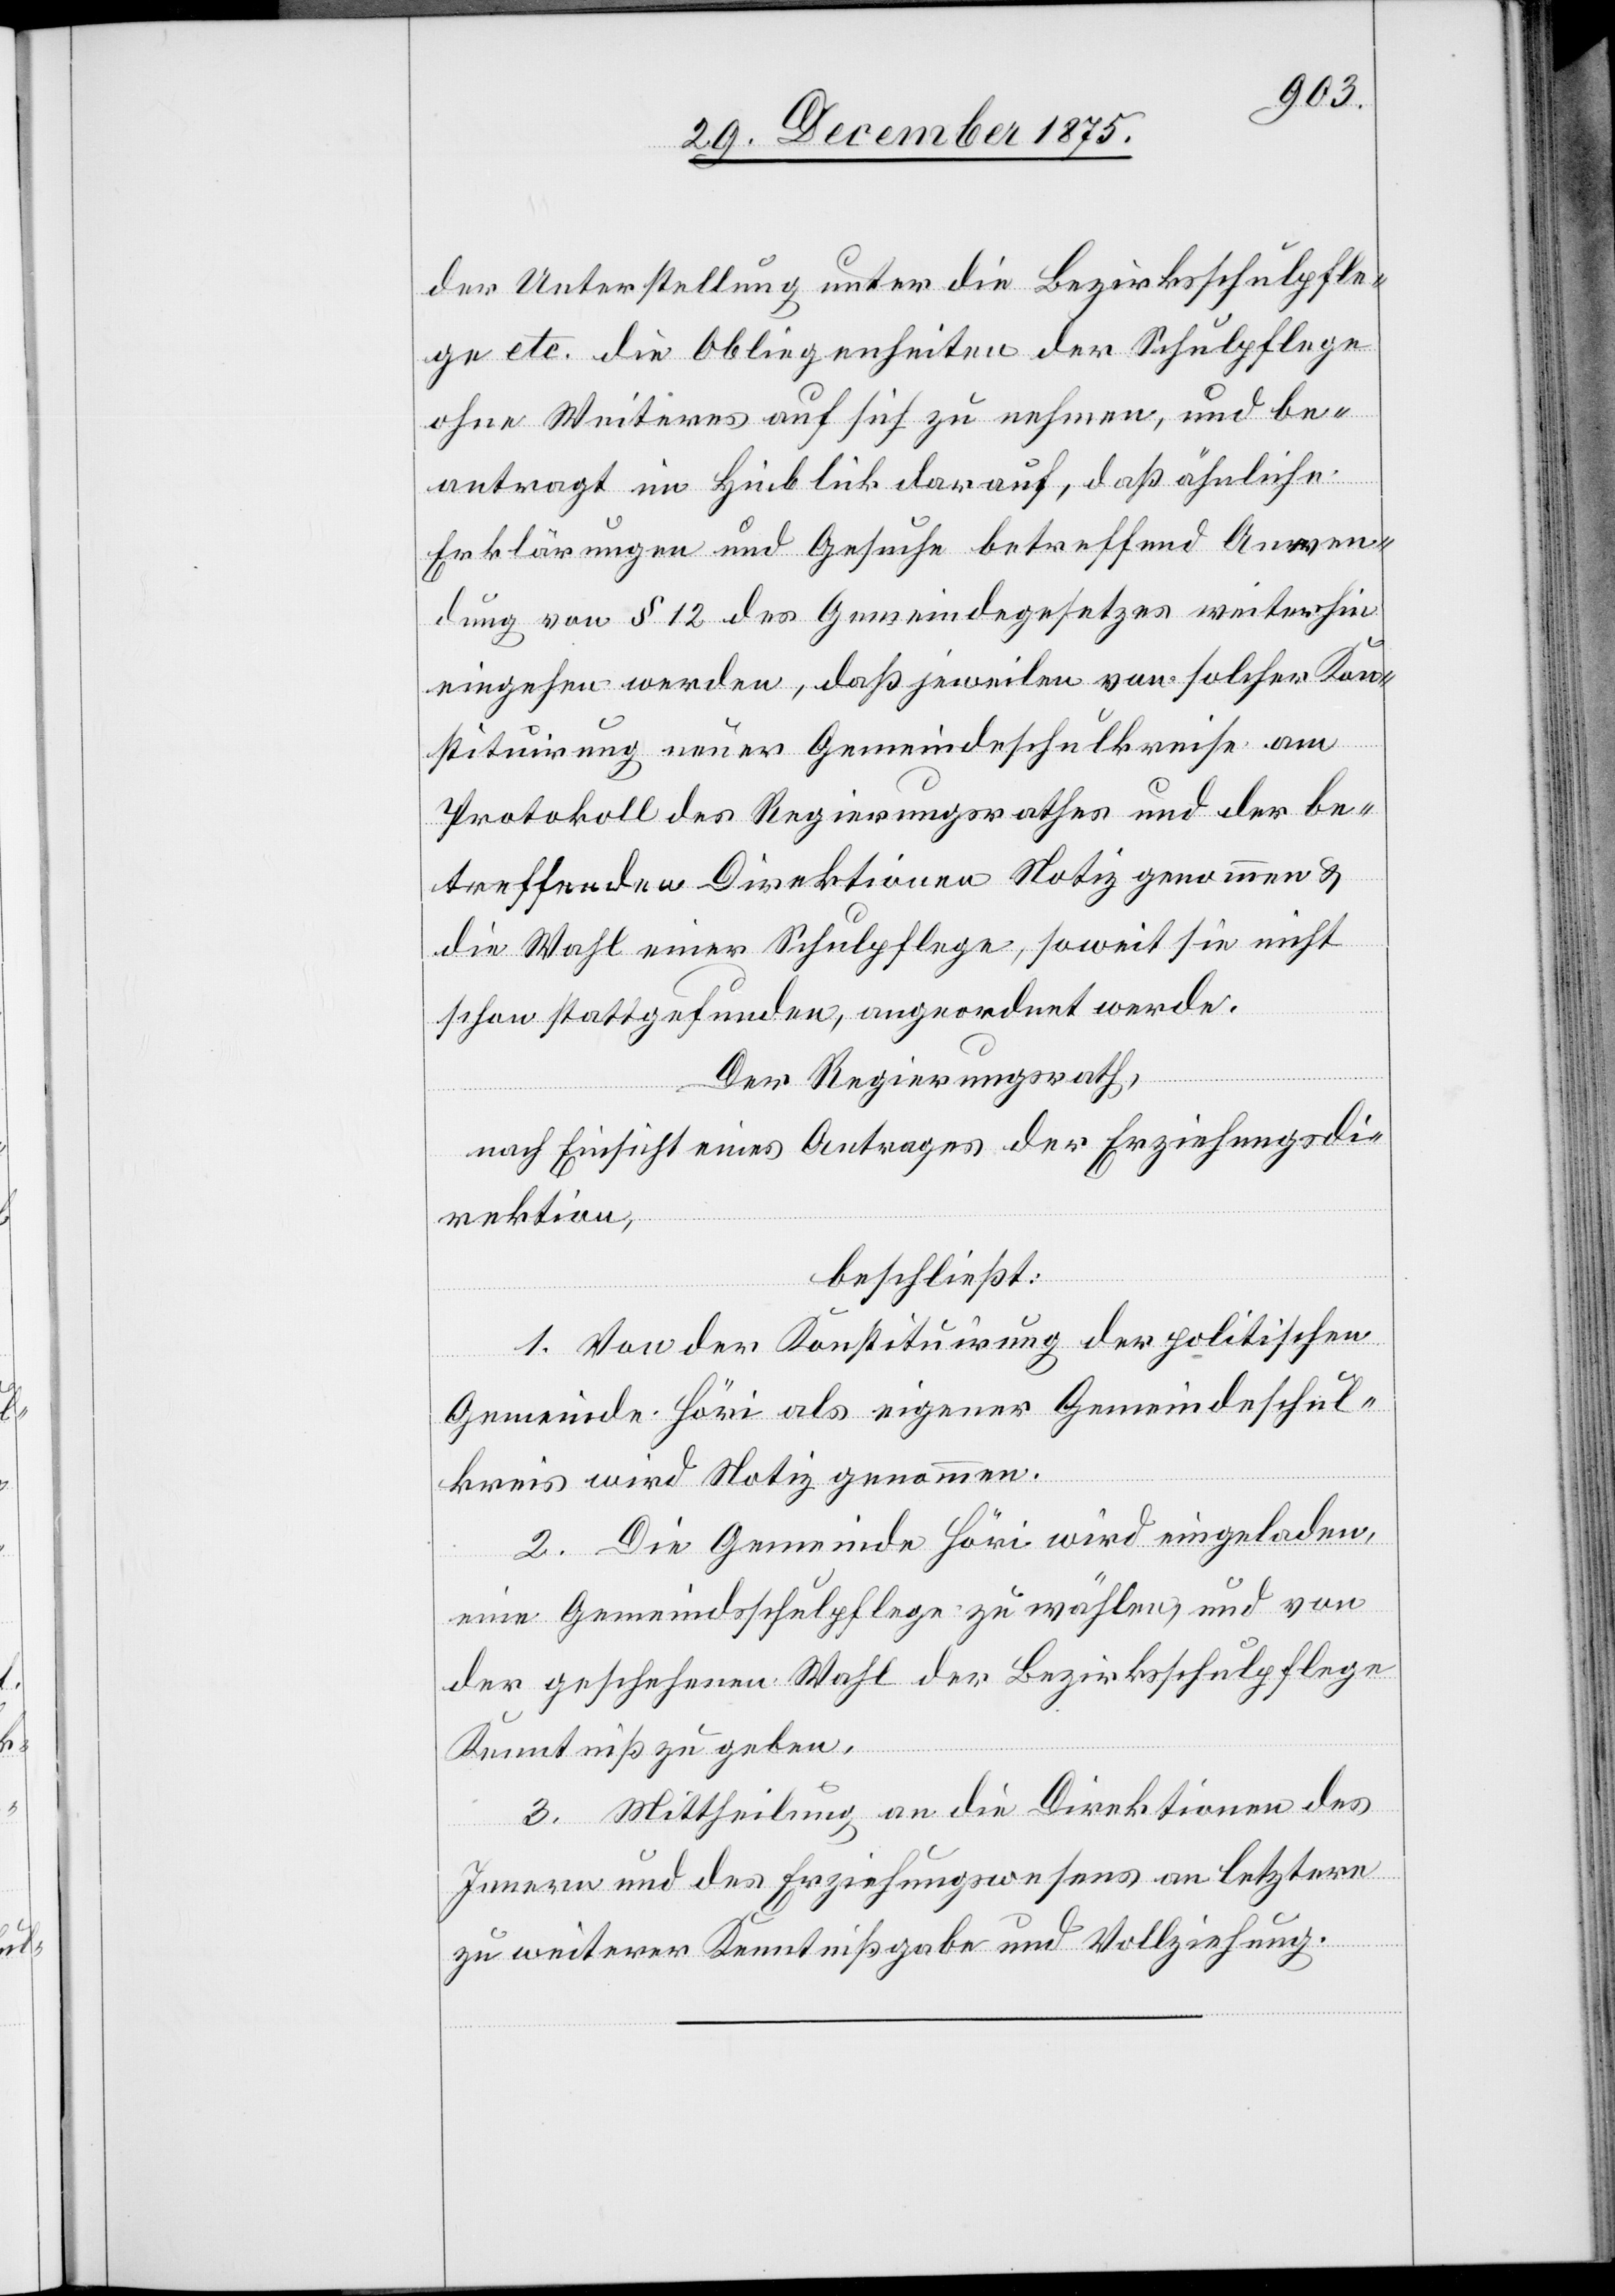
der Unterstellung unter die Bezirksschulpfle¬
ge etc. die Obliegenheiten der Schulpflege
ohne Weiteres auf sich zu nehmen, und be¬
antragt im Hinblick darauf, daß ähnliche
Erklärungen und Gesuche betreffend Anwen¬
dung von § 12 des Gemeindegesetzes weiterhin
eingehen werden, daß jeweilen von solcher Kon¬
stituirung neuer Gemeindeschulkreise am
Protokoll des Regierungsrathes und der be¬
treffenden Direktionen Notiz genommen &
die Wahl einer Schulpflege, soweit sie nicht
schon stattgefunden, angeordnet werde.
Der Regierungsrath,
nach Einsicht eines Antrages der Erziehungsdi¬
rektion,
beschließt:
1. Von der Konstituirung der politischen
Gemeinde Höri als eigener Gemeindeschul¬
kreis wird Notiz genommen.
2. Die Gemeinde Höri wird eingeladen,
eine Gemeindsschulpflege zu wählen, und von
der geschehenen Wahl der Bezirksschulpflege
Kenntniß zu geben.
3. Mittheilung an die Direktionen des
Innern und des Erziehungswesens an letztere
zu weiterer Kenntnißgabe und Vollziehung.